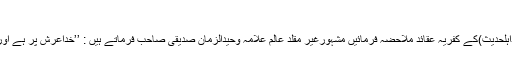
(ھدیة المہدی :ص۲۷)
اکابرینِ غیرمقلدین(نام نہا داہلحدیث)کے کفریہ عقائد ملاحضہ فرمائیں مشہورغیر مقلد عالم علامہ وحیدالزمان صدیقی صاحب فرماتے ہیں : ’’خداعرش پر ہے اور عرش خدا کا مکان ہے‘‘۔